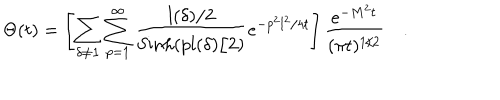
\Theta ( t ) = \left[ \sum _ { \delta \neq { \bf 1 } } \sum _ { p = 1 } ^ { \infty } { \frac { l ( \delta ) / 2 } { \mathrm { S i n h } ( p l ( \delta ) / 2 ) } } e ^ { - p ^ { 2 } l ^ { 2 } / 4 t } \right] { \frac { e ^ { - M ^ { 2 } t } } { ( \pi t ) ^ { 1 / 2 } } } \quad .